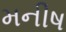
મનીષ